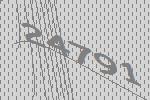
24791